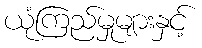
ယုံကြည်မှုများနှင့်